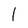
Character: 1